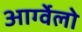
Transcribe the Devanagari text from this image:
आर्ग्वेलो